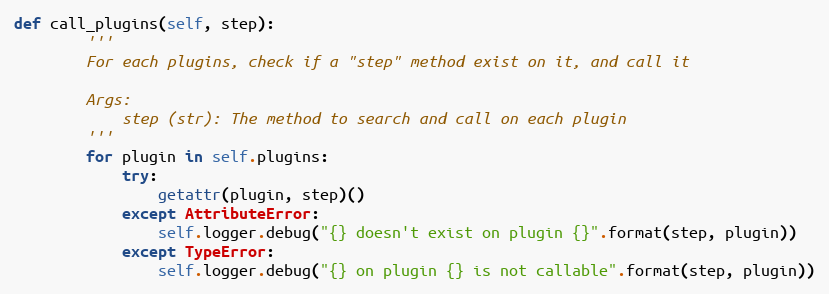
Language: Python
def call_plugins(self, step):
        '''
        For each plugins, check if a "step" method exist on it, and call it

        Args:
            step (str): The method to search and call on each plugin
        '''
        for plugin in self.plugins:
            try:
                getattr(plugin, step)()
            except AttributeError:
                self.logger.debug("{} doesn't exist on plugin {}".format(step, plugin))
            except TypeError:
                self.logger.debug("{} on plugin {} is not callable".format(step, plugin))